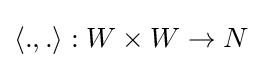
\langle .,.\rangle :W\times W\to N